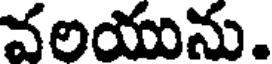
వలయును.